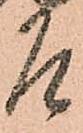
乍